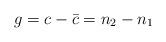
LaTeX: \begin{align*}g = c - \bar{c} = n_{2} - n_{1}\end{align*}